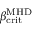
\beta _ { \mathrm { c r i t } } ^ { \mathrm { M H D } }